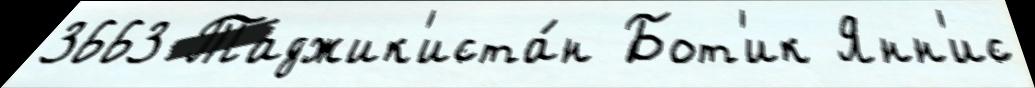
3663 Таджик'иста́н Бот'ик Янн'ис